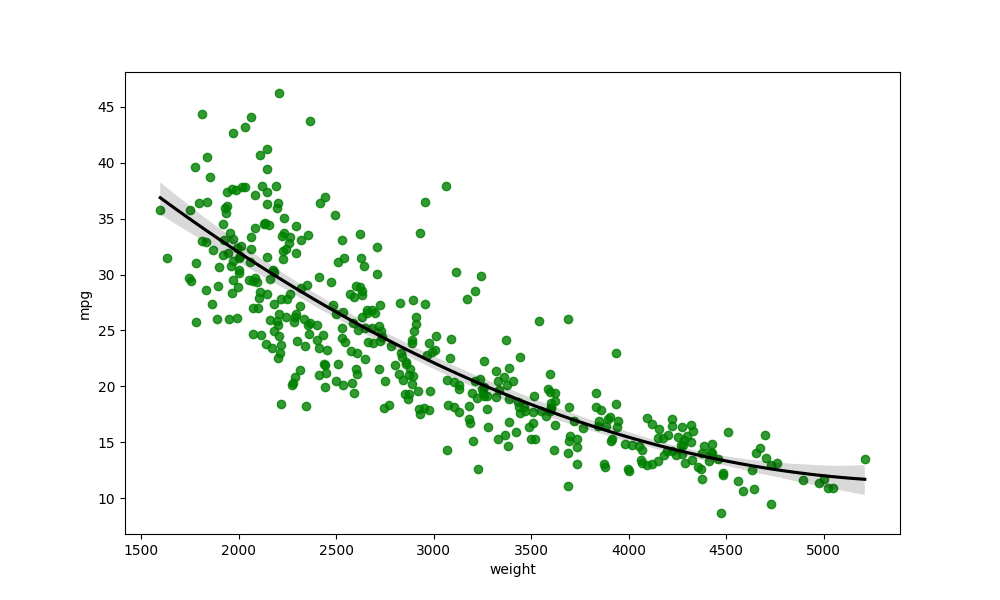
python, seaborn, regplot, order=2, ci=95, scatter_color=green, line_color=black